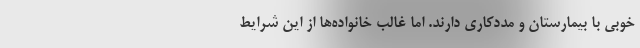
خوبی با بیمارستان و مددکاری دارند. اما غالب خانواده‌ها از این شرایط